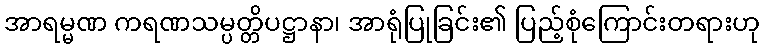
အာရမ္မဏ ကရဏသမ္ပတ္တိပဋ္ဌာနာ၊ အာရုံပြုခြင်း၏ ပြည့်စုံကြောင်းတရားဟု